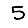
Digit: 5